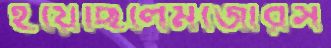
হয়েছিলেমজোরস